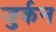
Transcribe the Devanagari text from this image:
जुर्कन